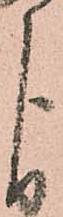
よ